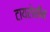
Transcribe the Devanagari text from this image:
टायरोसीन